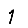
Digit: 1